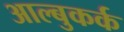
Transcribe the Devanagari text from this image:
आल्बुकर्क